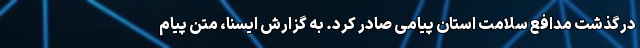
درگذشت مدافع سلامت استان پیامی صادر کرد. به گزارش ایسنا، متن پیام